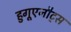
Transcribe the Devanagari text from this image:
हुगूएनौट्स